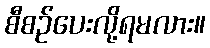
စီစဉ်ပေးလို့ရမလား။